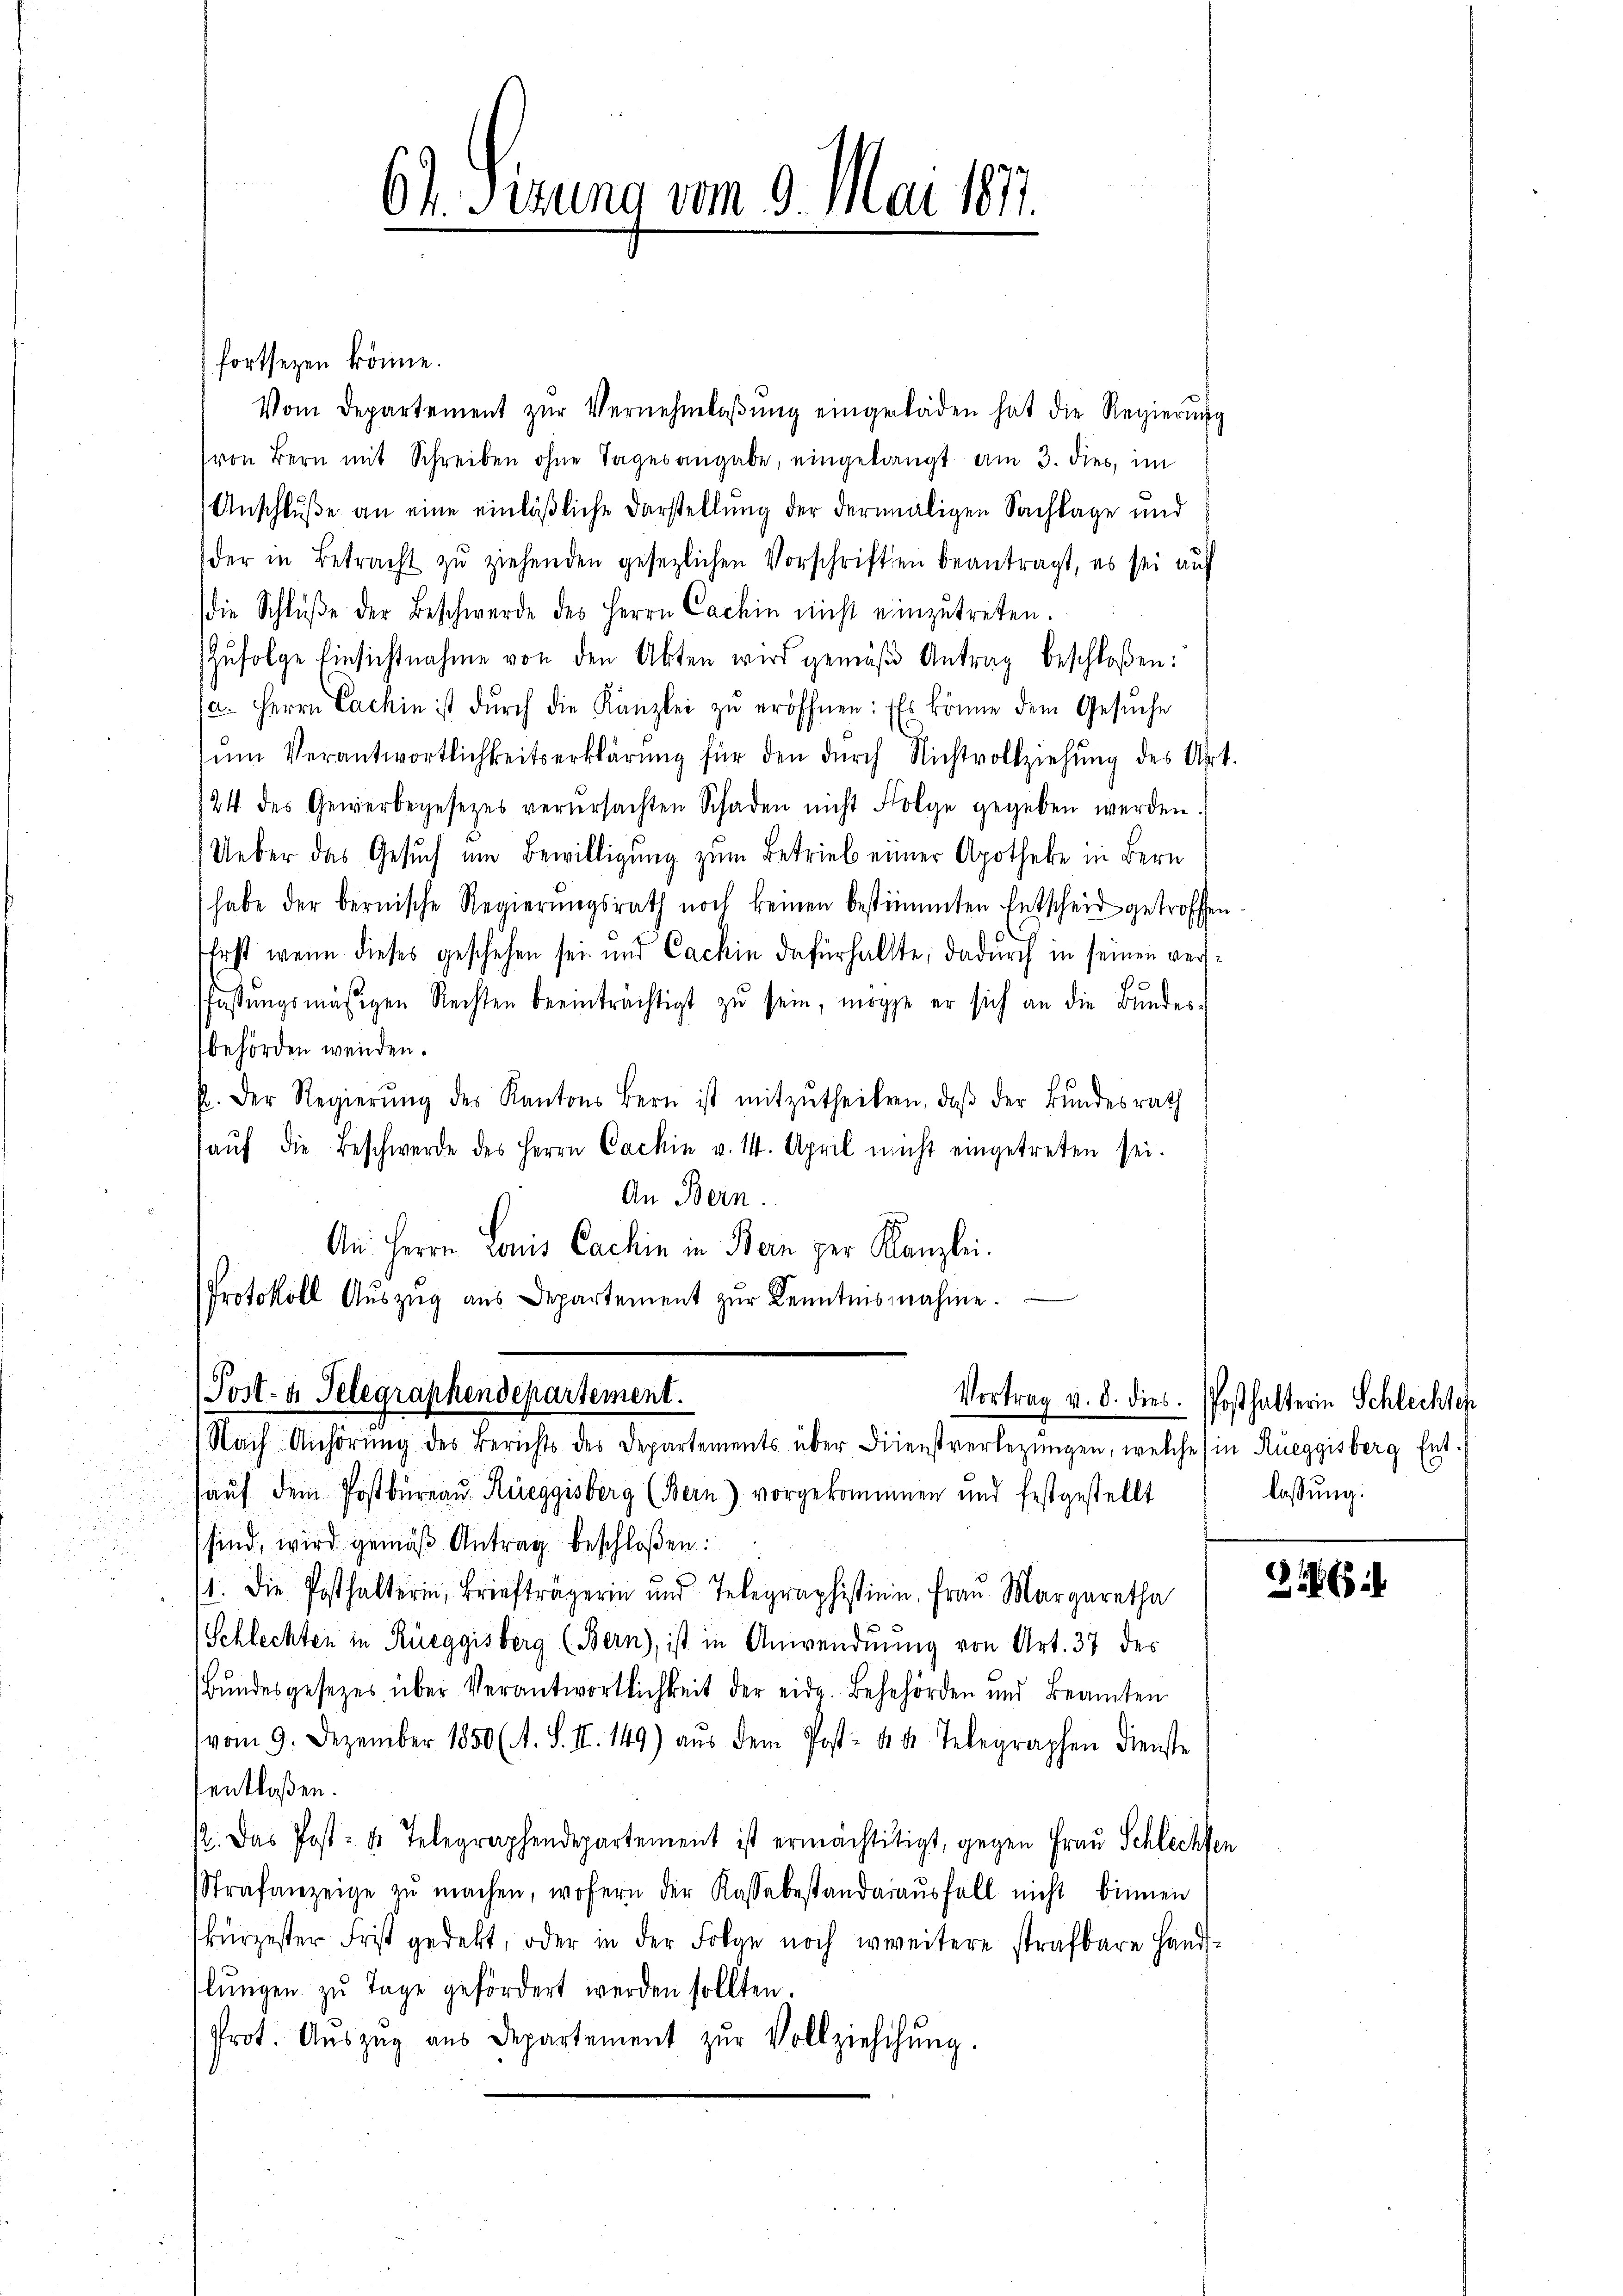
61. Pirung vom 9. Mai 187.

(fortsezen könne.
Vom Departement zŭr Vernehmlaβŭng eingeladen hat die Regierung
(von Bern mit Schreiben ohne Tagesangabe, eingelangt am 3. dies, im
Anschluße an eine einläßliche Darstellung der dermaligen Sachlage und
der in Betracht zŭ ziehenden gesezlichen Vorschriften beantragt, es sei aŭf
(die Schlüβe der Beschwerde des Herrn Cachin nicht einzŭtreten.
(Zŭfolge Einsichtnahme von den Akten wird gemäß Antrag beschloßen:
a. Herrn Cachin ist dŭrch die Kanzlei zŭ eröffnen: Es könne dem Gesŭche
ŭm Verantwortlichkeitserklärŭng für den dŭrch Nichtvollziehŭng des Art.
124 des Gewerbegesetzes verŭrsachten Schaden nicht Folge gegeben werden.
Ueber das Gesuch um Bewilligung zum Betrieb einer Apotheke in Bern
habe der bernische Regierungsrath noch keinen bestimmten Entscheid getroffen
Erst wenn dieses geschehen sei und Cachin dafürhaltte; dadurch in seinen versfassŭngsmäsigen Rechten beeinträchtigt zŭ sein, möge er sich an die Bŭndes-
behörden wenden.
p. Der Regierŭng des Kantons Bern ist mitzŭtheilen, daβ der Bundesrath
aŭf die Beschwerde des Herrn Cackin v. 14. April nicht eingetreten sei.
An Bern.
An Herrn Louis Cachin in Bern per Kanzlei.
Protokoll Auszug aus Departement zŭr Kenntnisnahme.

Post- u. Telegraphendepartement.
Nach Anhörŭng des Berichts des Departements über Dienstverlegŭngen, welche in Rüeggisberg Ent-

haŭf dem Postbüreau Rüeggisberg (Bern) vorgekommen und festgestellt
sind, wird gemäß Antrag beschloßen:
1. Die Posthalterin, Briefträgerin und Telegraphistien, Fraŭ Margaretha
Schlechten in Rüeggisberg (Bern), ist in Anwendung von Art. 37 des
Bundesgesetzes über Verantwortlichkeit der eide. Behehörden und Beamten
vom 9. Dezember 1850 (A. S. II. 149) aŭs dem Post- des Telegraphen dienste
sentlaßen.
p. Das Post- u. Telegraphendepartement ist ermächtitigt, gegen Frau Schlechten
Strafanzeige zŭ machen, wofern der Kassabestandaraŭsfall nicht binnen
kürzester Frist gedekt, oder in der Folge noch zweitere strafbare Handlŭngen zu Tage gefördert werden sollten.
Prot. Aŭszŭg aŭs Departement zŭr Vollziehigŭng.

Vortrag v. d. dies. Posthalterin Schlechtch
lassung.